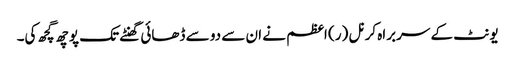
یونٹ کے سربراہ کرنل (ر) اعظم نے ان سے دو سے ڈھائی گھنٹے تک پوچھ گچھ کی۔